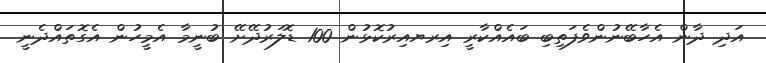
އަދި ދާން އެހާބޭނުންވެފަތިބި ބައެއްކާރީ އިރޔއިރުކޮޅުން 100 ޑޮލަރުދޭށޭ ބުނީމާ އެމީހުން އެގޮތައްދެނީ